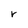
Character: r